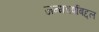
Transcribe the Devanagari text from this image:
जन्मवर्षाबद्दल